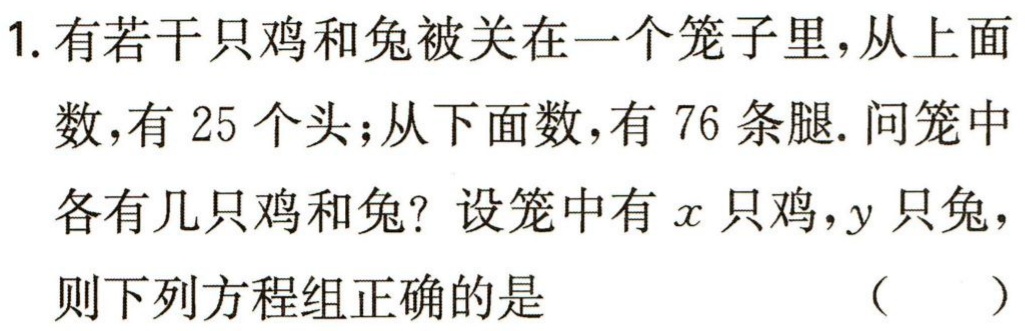
1. 有若干只鸡和兔被关在一个笼子里，从上面
数，有 25 个头；从下面数，有 76 条腿. 问笼中
各有几只鸡和兔？设笼中有\(x\)只鸡，\(y\)只兔，
则下列方程组正确的是 （  ）